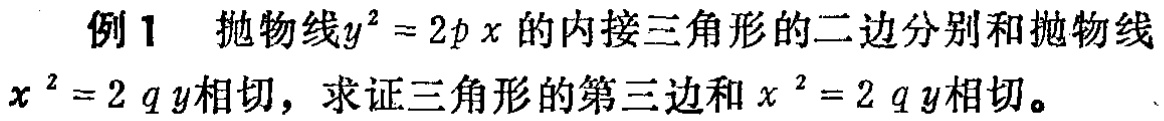
例1 抛物线\(y^{2}=2px\)的内接三角形的二边分别和抛物线\(x^{2}=2qy\)相切，求证三角形的第三边和\(x^{2}=2qy\)相切。